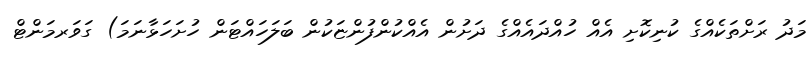
މަދު ރަށްތަކެއްގެ ކުނިކޮށި އެއް ހުއްދައެއްގެ ދަށުން އެއްކުންފުންޏަކުން ބަލަހައްޓަން ހުށަހަޅާނަމަ) ގަވަރމަންޓް